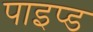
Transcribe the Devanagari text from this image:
पाइप्ड